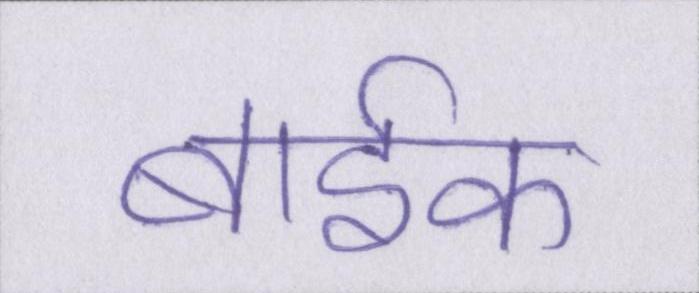
बार्इक